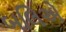
બલિએ